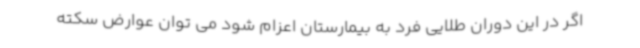
اگر در این دوران طلایی فرد به بیمارستان اعزام شود می توان عوارض سکته